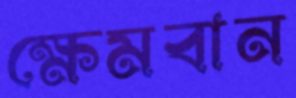
ক্ষেমবান